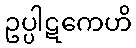
ဥပ္ပါဋကေဟိ